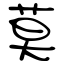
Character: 莫